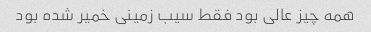
همه چیز عالی بود فقط سیب زمینی خمیر شده بود